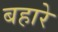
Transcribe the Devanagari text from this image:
बहारे